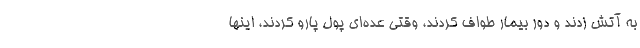
به آتش زدند و دور بیمار طواف کردند، وقتی عده‌ای پول پارو کردند، اینها